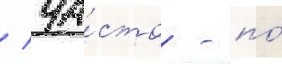
/ ча́сто - по́